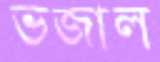
ভজাল